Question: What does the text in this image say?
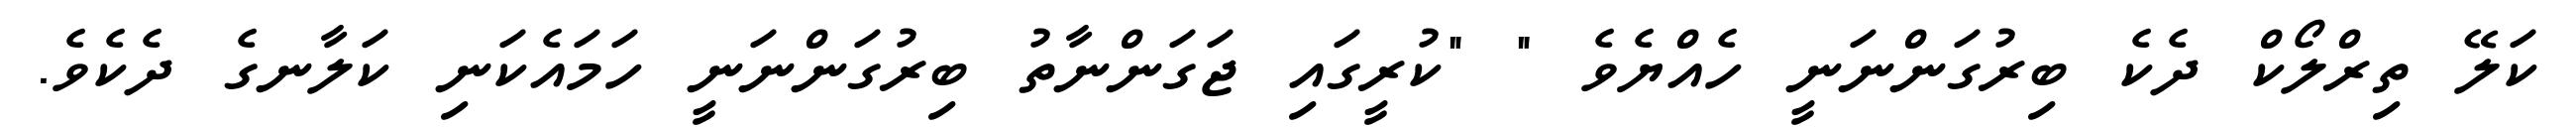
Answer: ކަލޭ ތިރްލޯކް ދެކެ ބިރުގަންނަނީ ހެއްޔެވެ " "ކުރީގައި ޖަގަންނާތު ބިރުގަންނަނީ ހަމައެކަނި ކަލާނގެ ދެކެވެ.